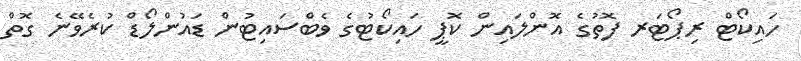
ހައިކޯޓް ރިޕޯޓަރ ފޮތުގެ އޮންލައިން ކޮޕީ ހައިކޯޓުގެ ވެބްސައިޓުން ޑައުންލޯޑް ކުރެވޭނެ ގޮތް